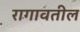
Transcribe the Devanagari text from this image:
रागावतील